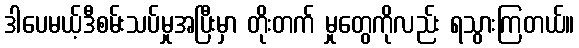
ဒါပေမယ့်ဒီစမ်းသပ်မှုအပြီးမှာ တိုးတက် မှုတွေကိုလည်း ရသွားကြတယ်။